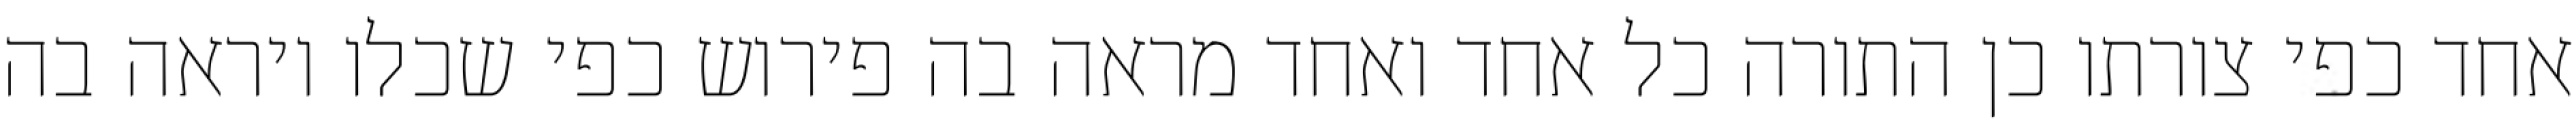
אחד כפי צורתו כן התורה כל אחד ואחד מראה בה פירוש כפי שכלו ויראה בה